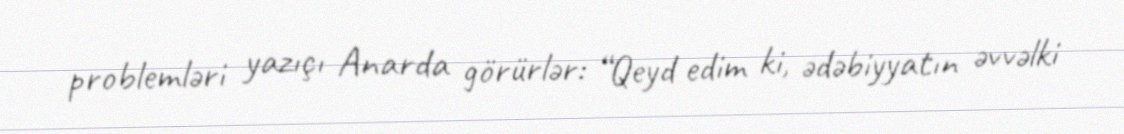
problemləri yazıçı Anarda görürlər: “Qeyd edim ki, ədəbiyyatın əvvəlki